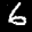
Label: 6